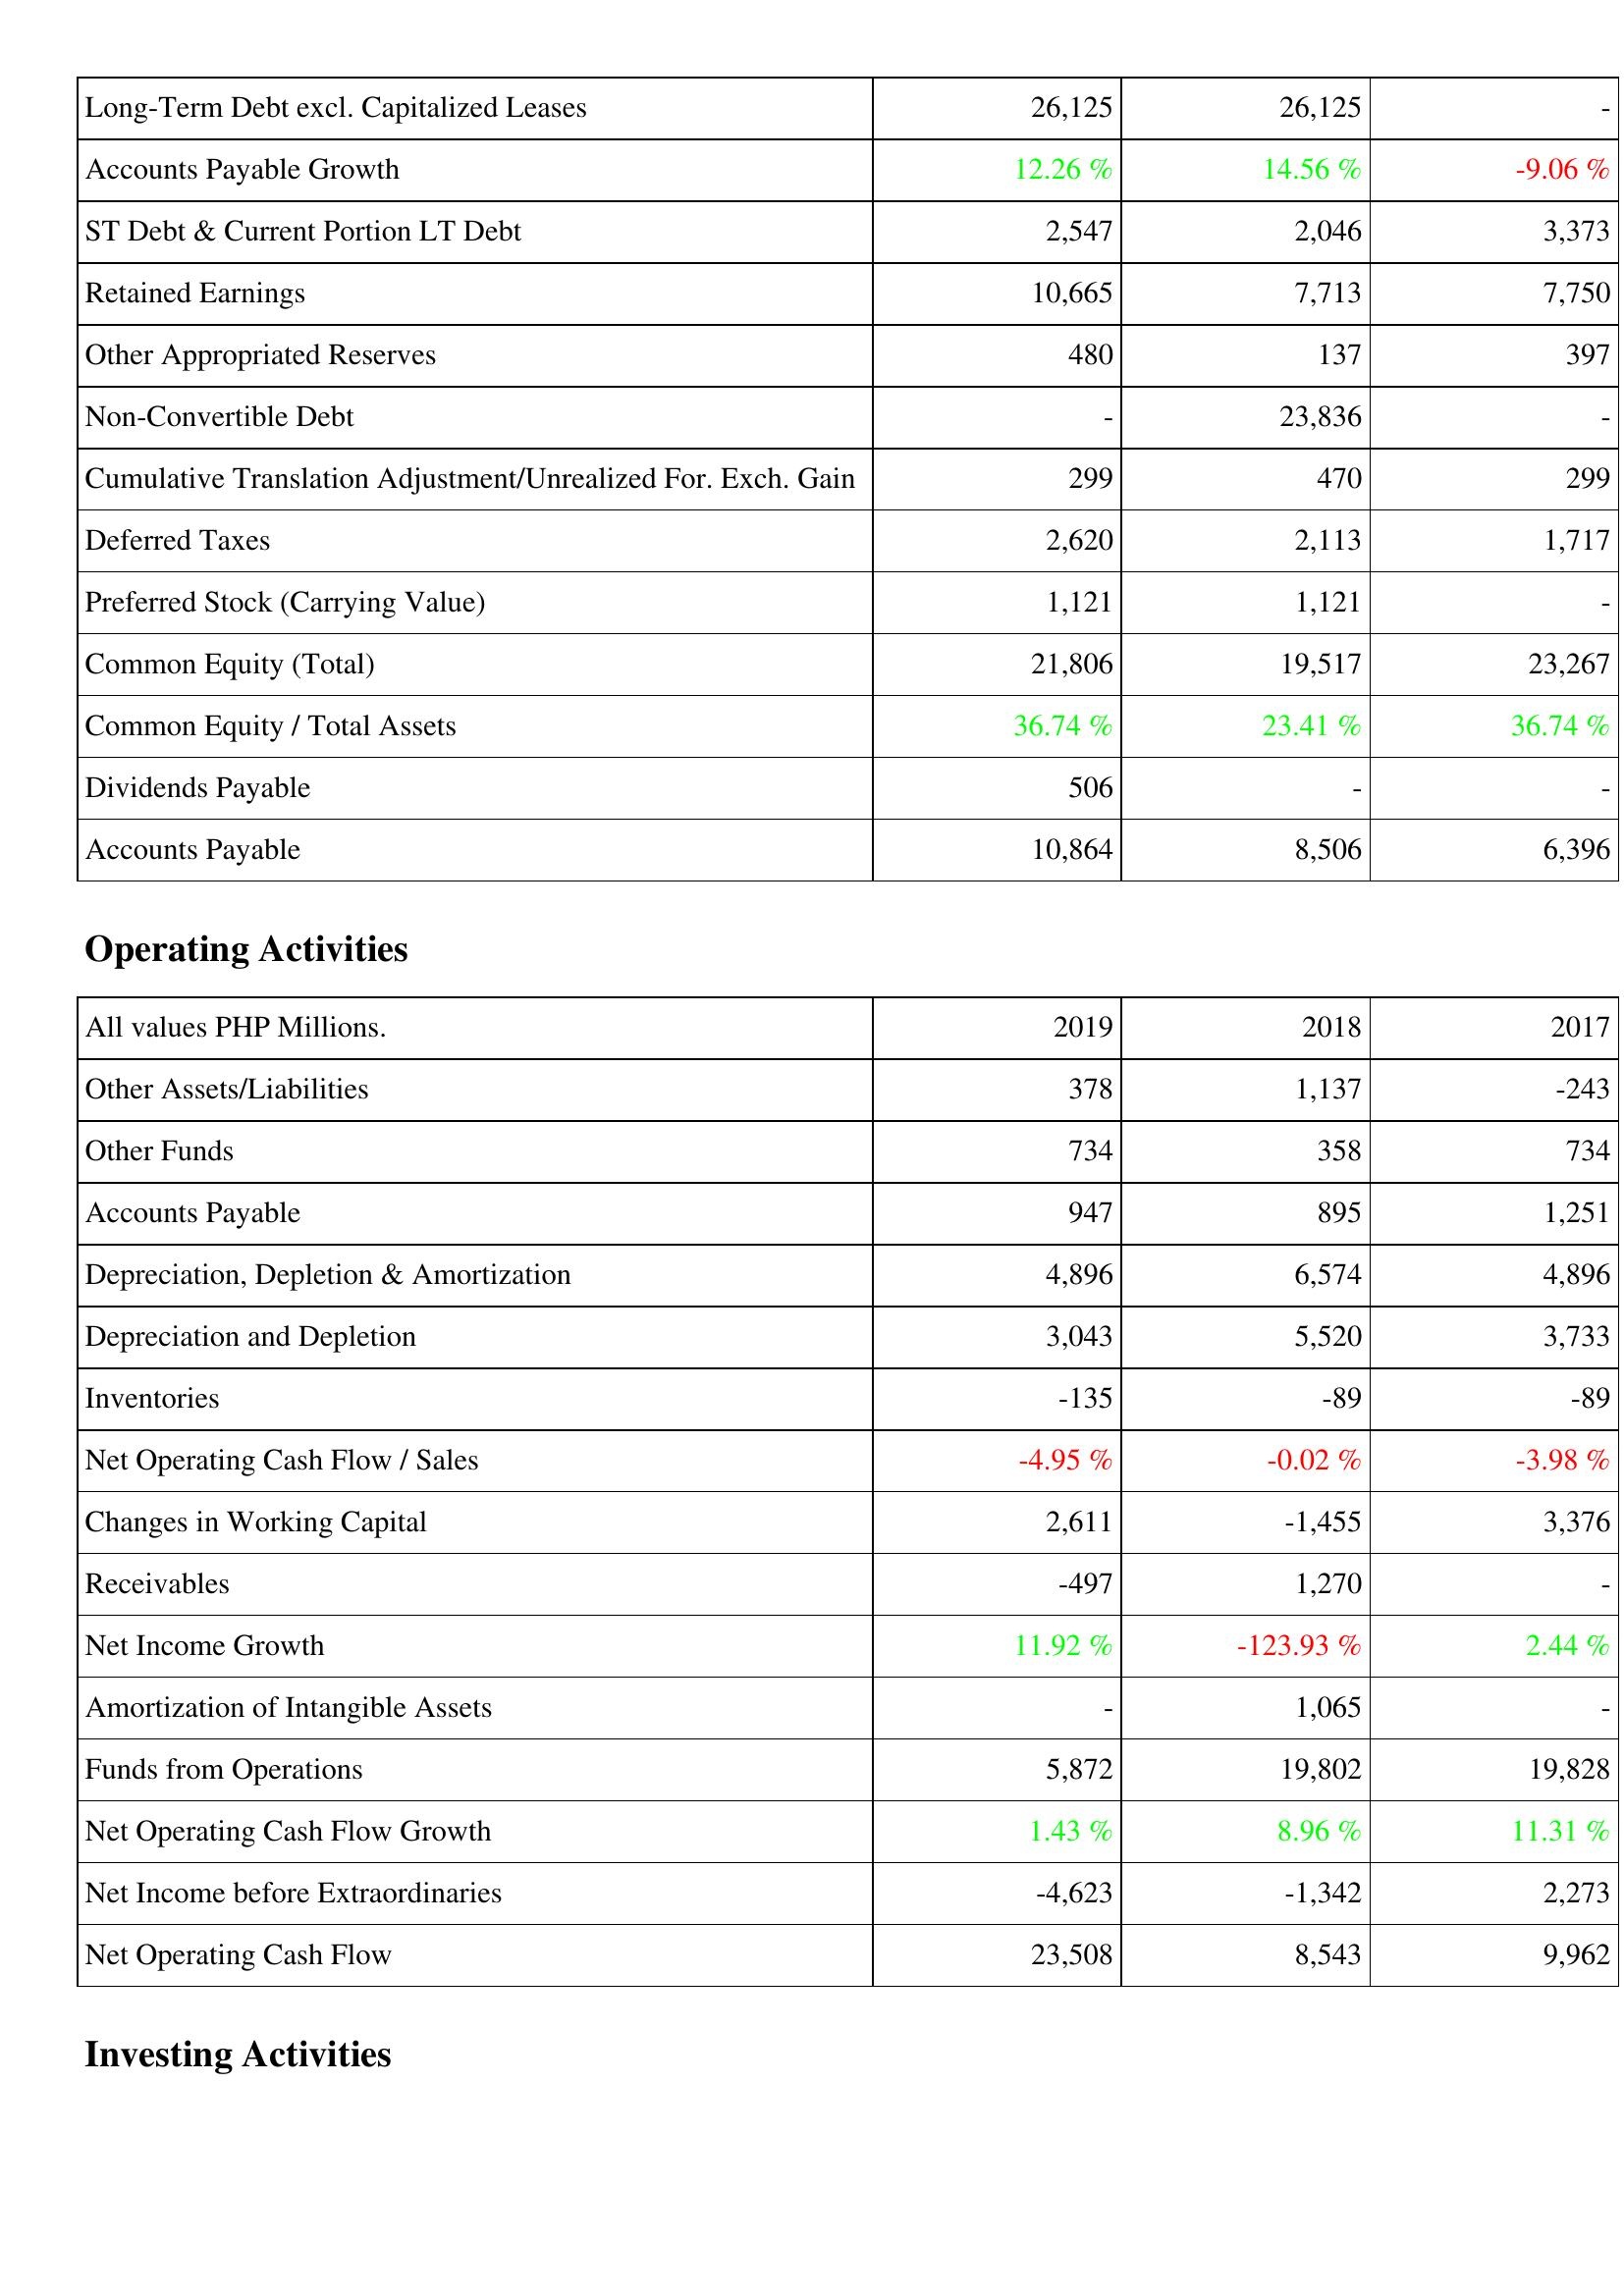
2019: Liabilities & Shareholders' Equity: Long-Term Debt excl. Capitalized Leases: 26,125
Accounts Payable Growth: 12.26 %
ST Debt & Current Portion LT Debt: 2,547
Retained Earnings: 10,665
Other Appropriated Reserves: 480
Non-Convertible Debt: -
Cumulative Translation Adjustment/Unrealized For. Exch. Gain: 299
Deferred Taxes: 2,620
Preferred Stock (Carrying Value): 1,121
Common Equity (Total): 21,806
Common Equity / Total Assets: 36.74 %
Dividends Payable: 506
Accounts Payable: 10,864
Operating Activities: Other Assets/Liabilities: 378
Other Funds: 734
Accounts Payable: 947
Depreciation, Depletion & Amortization: 4,896
Depreciation and Depletion: 3,043
Inventories: -135
Net Operating Cash Flow / Sales: -4.95 %
Changes in Working Capital: 2,611
Receivables: -497
Net Income Growth: 11.92 %
Amortization of Intangible Assets: -
Funds from Operations: 5,872
Net Operating Cash Flow Growth: 1.43 %
Net Income before Extraordinaries: -4,623
Net Operating Cash Flow: 23,508
2018: Liabilities & Shareholders' Equity: Long-Term Debt excl. Capitalized Leases: 26,125
Accounts Payable Growth: 14.56 %
ST Debt & Current Portion LT Debt: 2,046
Retained Earnings: 7,713
Other Appropriated Reserves: 137
Non-Convertible Debt: 23,836
Cumulative Translation Adjustment/Unrealized For. Exch. Gain: 470
Deferred Taxes: 2,113
Preferred Stock (Carrying Value): 1,121
Common Equity (Total): 19,517
Common Equity / Total Assets: 23.41 %
Dividends Payable: -
Accounts Payable: 8,506
Operating Activities: Other Assets/Liabilities: 1,137
Other Funds: 358
Accounts Payable: 895
Depreciation, Depletion & Amortization: 6,574
Depreciation and Depletion: 5,520
Inventories: -89
Net Operating Cash Flow / Sales: -0.02 %
Changes in Working Capital: -1,455
Receivables: 1,270
Net Income Growth: -123.93 %
Amortization of Intangible Assets: 1,065
Funds from Operations: 19,802
Net Operating Cash Flow Growth: 8.96 %
Net Income before Extraordinaries: -1,342
Net Operating Cash Flow: 8,543
2017: Liabilities & Shareholders' Equity: Long-Term Debt excl. Capitalized Leases: -
Accounts Payable Growth: -9.06 %
ST Debt & Current Portion LT Debt: 3,373
Retained Earnings: 7,750
Other Appropriated Reserves: 397
Non-Convertible Debt: -
Cumulative Translation Adjustment/Unrealized For. Exch. Gain: 299
Deferred Taxes: 1,717
Preferred Stock (Carrying Value): -
Common Equity (Total): 23,267
Common Equity / Total Assets: 36.74 %
Dividends Payable: -
Accounts Payable: 6,396
Operating Activities: Other Assets/Liabilities: -243
Other Funds: 734
Accounts Payable: 1,251
Depreciation, Depletion & Amortization: 4,896
Depreciation and Depletion: 3,733
Inventories: -89
Net Operating Cash Flow / Sales: -3.98 %
Changes in Working Capital: 3,376
Receivables: -
Net Income Growth: 2.44 %
Amortization of Intangible Assets: -
Funds from Operations: 19,828
Net Operating Cash Flow Growth: 11.31 %
Net Income before Extraordinaries: 2,273
Net Operating Cash Flow: 9,962